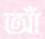
আঁ